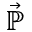
\vec { \mathbb { P } }